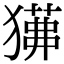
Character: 𤢁